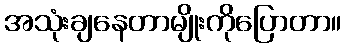
အသုံးချနေတာမျိုးကိုပြောတာ။